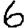
Digit: 6